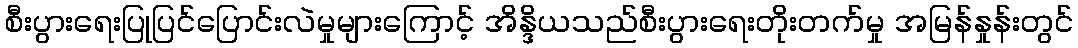
စီးပွားရေးပြုပြင်ပြောင်းလဲမှုများကြောင့် အိန္ဒိယသည်စီးပွားရေးတိုးတက်မှု အမြန်နှုန်းတွင်